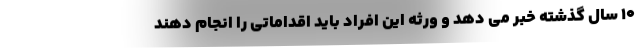
۱۰ سال گذشته خبر می دهد و ورثه این افراد باید اقداماتی را انجام دهند